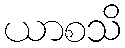
ယာစသိ